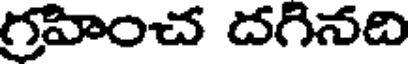
గ్రహించ దగినది